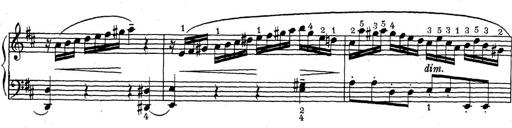
Title: ÄŒeskÃ© Sonatiny
Composer: Various